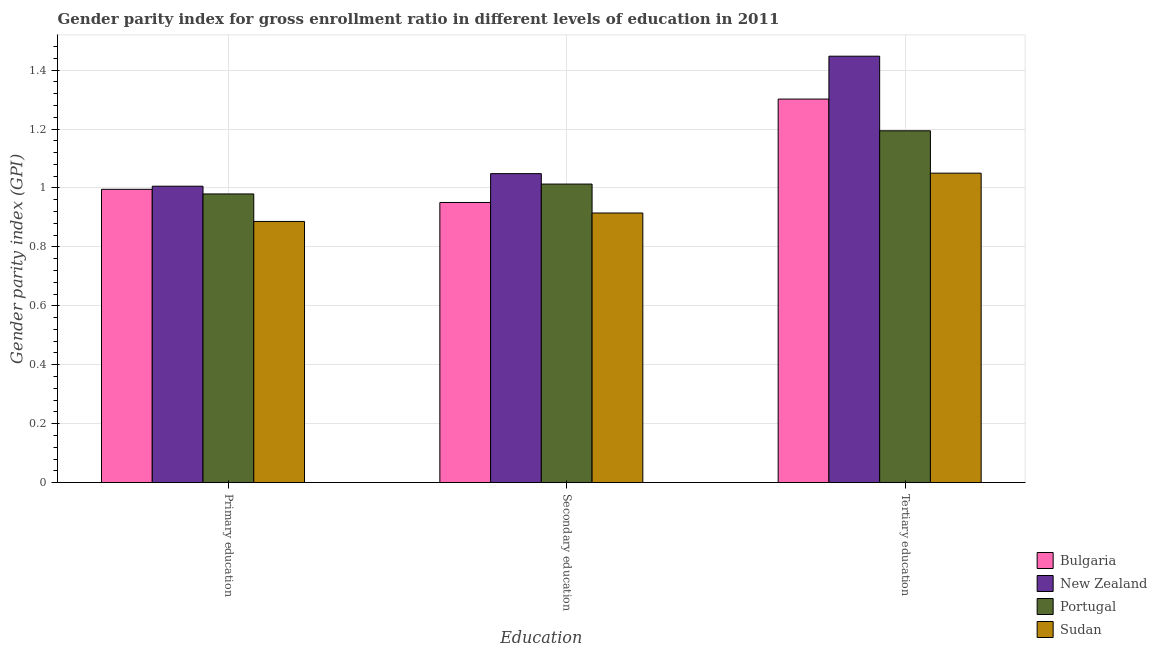
| Education | Bulgaria | New Zealand | Portugal | Sudan |
 | --- | --- | --- | --- | --- |
 | Primary education | 0.995 | 1.01 | 0.98 | 0.886 |
 | Secondary education | 0.951 | 1.05 | 1.01 | 0.915 |
 | Tertiary education | 1.3 | 1.45 | 1.19 | 1.05 |